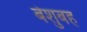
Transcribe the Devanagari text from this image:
बेशुबह